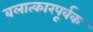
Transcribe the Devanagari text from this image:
बलात्कारपूर्वक